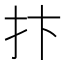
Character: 抃